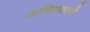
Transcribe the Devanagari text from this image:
अधिष्ठाने